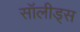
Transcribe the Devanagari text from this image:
सॉलीड्स